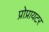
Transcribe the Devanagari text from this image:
प्रोप्रायटर